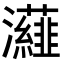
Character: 𭳷